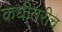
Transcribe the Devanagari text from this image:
कधीतरीच